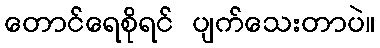
တောင်ရေစိုရင် ပျက်သေးတာပဲ။